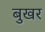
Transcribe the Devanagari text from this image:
बुखर